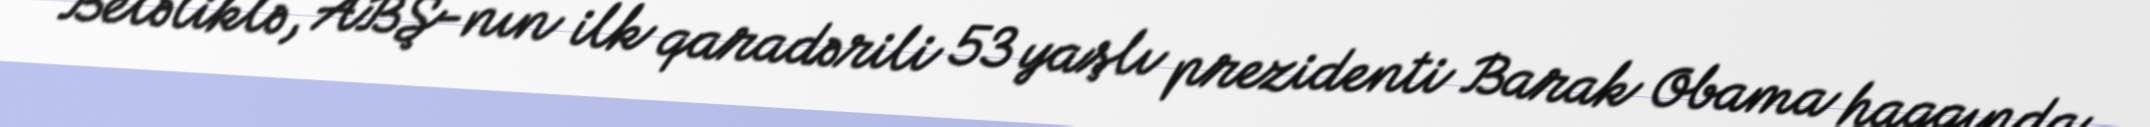
Beləliklə, ABŞ-nın ilk qaradərili 53 yaşlı prezidenti Barak Obama haqqında